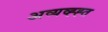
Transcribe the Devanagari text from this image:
अव्यव्ह्ह्त